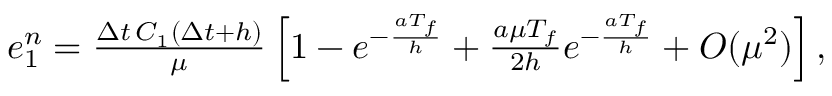
\begin{array} { r } { e _ { 1 } ^ { n } = \frac { \Delta t \, C _ { 1 } ( \Delta t + h ) } { \mu } \left[ 1 - e ^ { - \frac { a T _ { f } } { h } } + \frac { a \mu T _ { f } } { 2 h } e ^ { - \frac { a T _ { f } } { h } } + O ( \mu ^ { 2 } ) \right] , } \end{array}